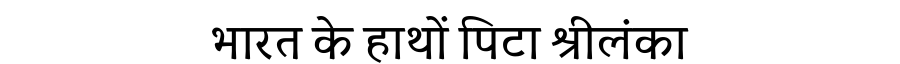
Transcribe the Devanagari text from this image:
भारत के हाथों पिटा श्रीलंका